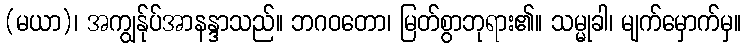
(မယာ)၊ အကျွန်ုပ်အာနန္ဒာသည်။ ဘဂဝတော၊ မြတ်စွာဘုရား၏။ သမ္မုခါ၊ မျက်မှောက်မှ။